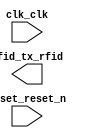

module RFID_NIOS (
	clk_clk,
	reset_reset_n,
	rfid_tx_rfid);	

	input		clk_clk;
	input		reset_reset_n;
	output		rfid_tx_rfid;
endmodule